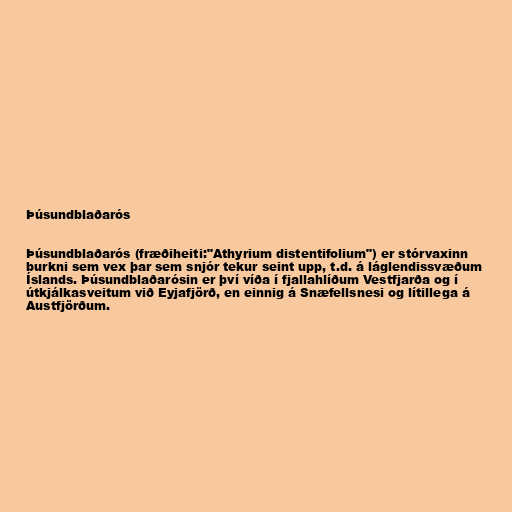
Þúsundblaðarós

Þúsundblaðarós (fræðiheiti:"Athyrium distentifolium") er stórvaxinn
burkni sem vex þar sem snjór tekur seint upp, t.d. á láglendissvæðum
Íslands. Þúsundblaðarósin er því víða í fjallahlíðum Vestfjarða og í
útkjálkasveitum við Eyjafjörð, en einnig á Snæfellsnesi og lítillega á
Austfjörðum.